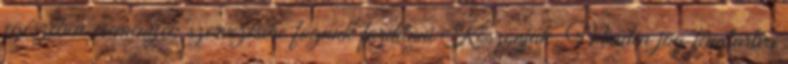
egészében események szervezésére fogunk fordítani Köszönjük. Minden jog fenntartva